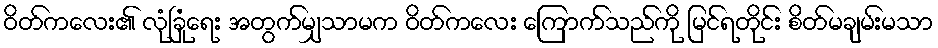
ဝိတ်ကလေး၏ လုံခြုံရေး အတွက်မျှသာမက ဝိတ်ကလေး ကြောက်သည်ကို မြင်ရတိုင်း စိတ်မချမ်းမသာ